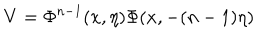
V = \Phi ^ { n - 1 } ( x , \eta ) \Phi ( x , - ( n - 1 ) \eta )